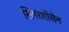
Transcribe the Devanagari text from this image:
सिगरशॉसेन